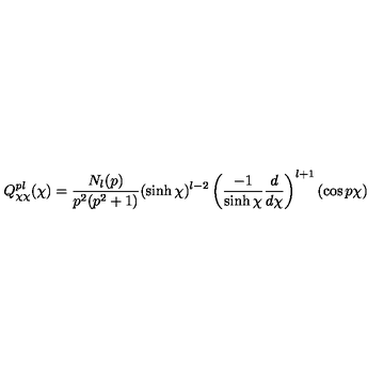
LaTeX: Q _ { \chi \chi } ^ { p l } ( \chi ) = \frac { N _ { l } ( p ) } { p ^ { 2 } ( p ^ { 2 } + 1 ) } ( \sinh \chi ) ^ { l - 2 } \left( \frac { - 1 } { \sinh \chi } \frac { d } { d \chi } \right) ^ { l + 1 } ( \cos p \chi )